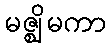
မဇ္ဈိမကာ